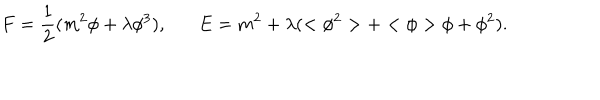
F = \frac { 1 } { 2 } ( m ^ { 2 } \phi + \lambda \phi ^ { 3 } ) , E = m ^ { 2 } + \lambda ( < \phi ^ { 2 } > + < \phi > \phi + \phi ^ { 2 } ) .